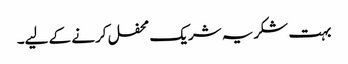
بہت شکریہ شریک محفل کرنے کے لیے۔